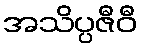
အသိပ္ပဇီဝီ